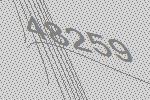
48259